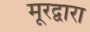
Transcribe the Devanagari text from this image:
मूरद्वारा